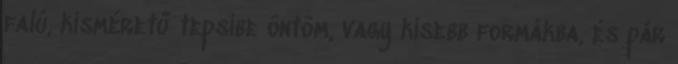
falú, kisméretű tepsibe öntöm, vagy kisebb formákba, és pár